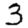
Digit: 3